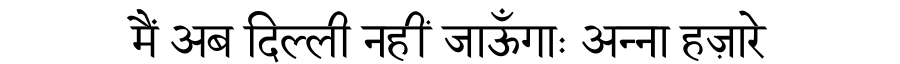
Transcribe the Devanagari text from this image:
मैं अब दिल्ली नहीं जाऊँगाः अन्ना हज़ारे